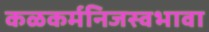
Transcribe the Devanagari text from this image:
कळकर्मनिजस्वभावा